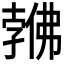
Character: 𱏎